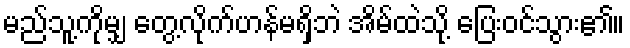
မည်သူ့ကိုမျှ တွေ့လိုက်ဟန်မရှိဘဲ အိမ်ထဲသို့ ပြေးဝင်သွား၏။